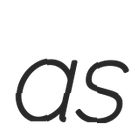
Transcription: as